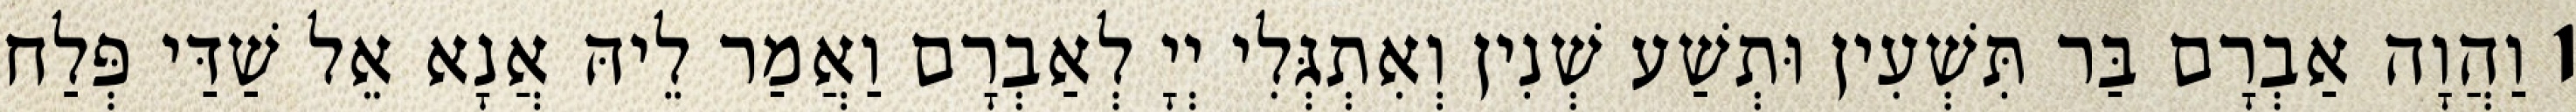
1 וַהֲוָה אַבְרָם בַּר תִּשְׁעִין וּתְשַׁע שְׁנִין וְאִתְגְּלִי יְיָ לְאַבְרָם וַאֲמַר לֵיהּ אֲנָא אֵל שַׁדַּי פְּלַח